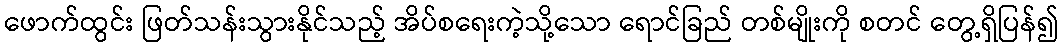
ဖောက်ထွင်း ဖြတ်သန်းသွားနိုင်သည့် အိပ်စရေးကဲ့သို့သော ရောင်ခြည် တစ်မျိုးကို စတင် တွေ့ရှိပြန်၍